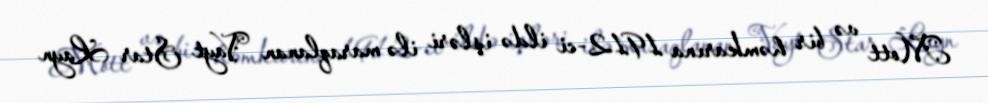
Mott və bir həmkarına 1912-ci ildə işləri ilə maraqlanan Vayt Star Layn